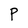
Character: P